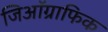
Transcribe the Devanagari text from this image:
जिऑग्राफिक